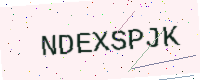
Text: NDEXSPJK